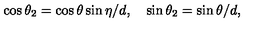
\cos { \theta _ { 2 } } = \cos { \theta } \sin { \eta } / d , \quad \sin { \theta _ { 2 } } = \sin { \theta } / d ,